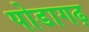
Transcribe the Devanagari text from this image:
पोडागढ़